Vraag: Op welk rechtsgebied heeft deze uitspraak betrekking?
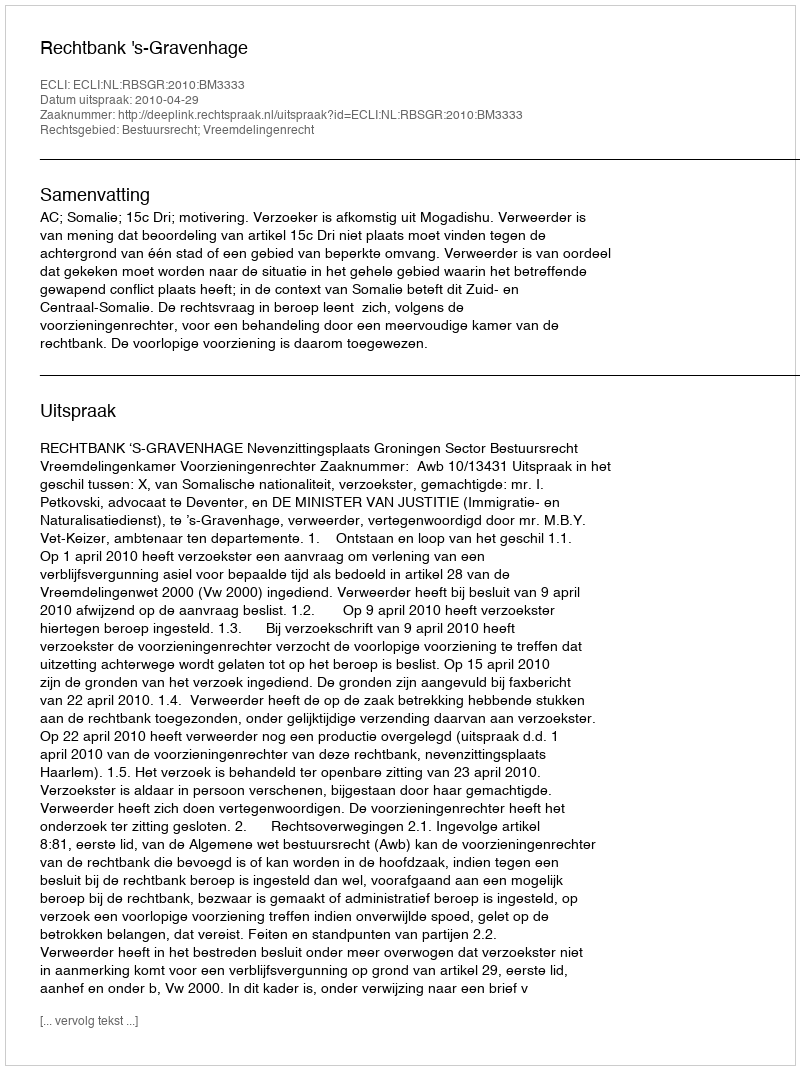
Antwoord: Bestuursrecht; Vreemdelingenrecht